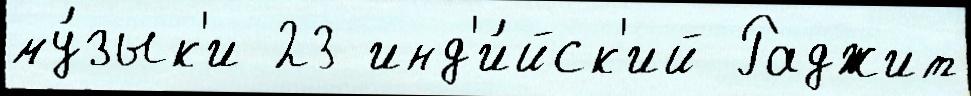
му́зык'и 23 инд'и́йск'ий Раджит